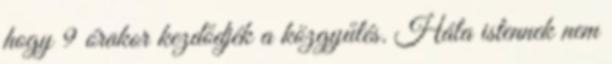
hogy 9 órakor kezdődjék a közgyűlés. Hála istennek nem